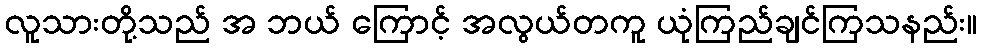
လူသားတို့သည် အ ဘယ် ကြောင့် အလွယ်တကူ ယုံကြည်ချင်ကြသနည်း။